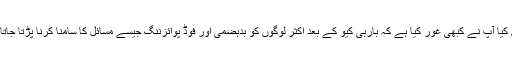
لیکن کیا آپ نے کبھی غور کیا ہے کہ باربی کیو کے بعد اکثر لوگوں کو بدہضمی اور فوڈ پوائزننگ جیسے مسائل کا سامنا کرنا پڑتا جاتا ہے۔